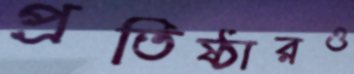
প্রতিষ্ঠারও